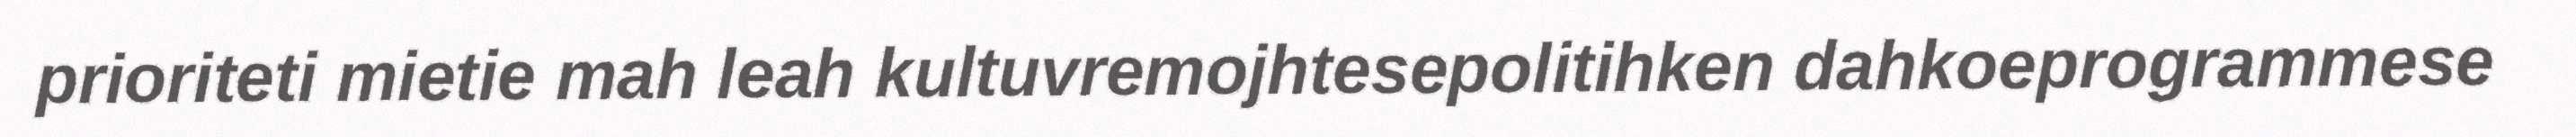
prioriteti mietie mah leah kultuvremojhtesepolitihken dahkoeprogrammese